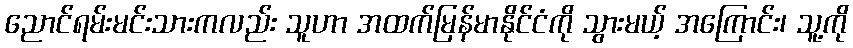
ညောင်ရမ်းမင်းသားကလည်း သူဟာ အထက်မြန်မာနိုင်ငံကို သွားမယ့် အကြောင်း၊ သူ့ကို